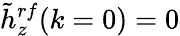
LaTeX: \tilde{h}_{z}^{rf}(k=0)=0